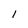
Character: l